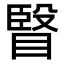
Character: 𭿐